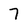
Character: 7